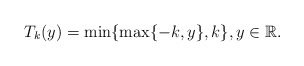
\begin{align*}T_k(y)=\min\{\max\{-k,y\},k\},y\in\mathbb{R}.\end{align*}